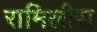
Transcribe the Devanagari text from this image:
रामिलीस